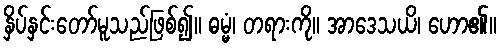
နှိပ်နှင်းတော်မူသည်ဖြစ်၍။ ဓမ္မံ၊ တရားကို။ အာဒေသယိ၊ ဟော၏။